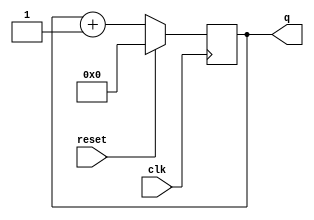
module top_module (
    input clk,
    input reset,      // Synchronous active-high reset
    output [3:0] q
);

wire [3:0] q_nxt = q + 1'b1;

always @(posedge clk) begin
    if (reset) q <= 4'b0;
    else q <= q_nxt;
end

endmodule